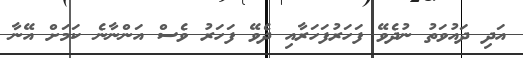
އަދި ދައުވަތު ނުދެވޭ ފަހަރުފަހަރާއި ދެވޭ ފަހަރު ވެސް އަންނާނެ ކަމަށް އޭނާ